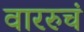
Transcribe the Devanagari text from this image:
वाररुचं